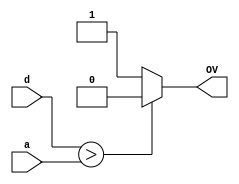
module comprator(a,d,OV);
input [4:0]a,d;
output OV;
assign OV=(d>a) ? 1'b0 : 1'b1 ;
endmodule